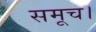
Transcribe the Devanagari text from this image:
समूच।